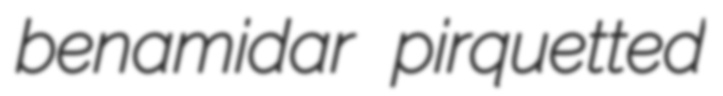
benamidar pirquetted